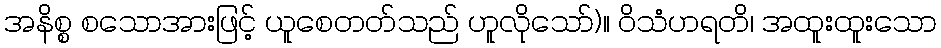
အနိစ္စ စသောအားဖြင့် ယူစေတတ်သည် ဟူလိုသော်)။ ဝိသံဟရတိ၊ အထူးထူးသော